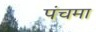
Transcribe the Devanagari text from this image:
पंचमा